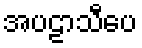
အပဠာသီပေ